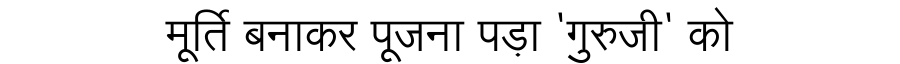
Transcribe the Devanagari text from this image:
मूर्ति बनाकर पूजना पड़ा 'गुरुजी' को